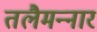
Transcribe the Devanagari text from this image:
तलैमन्‍नार